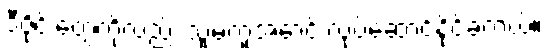
ဒီဇိုင်းတွေကိုလည်း သူမတူအောင် လုပ်ဆောင်နိုင်ခဲ့တယ်။